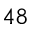
4 8